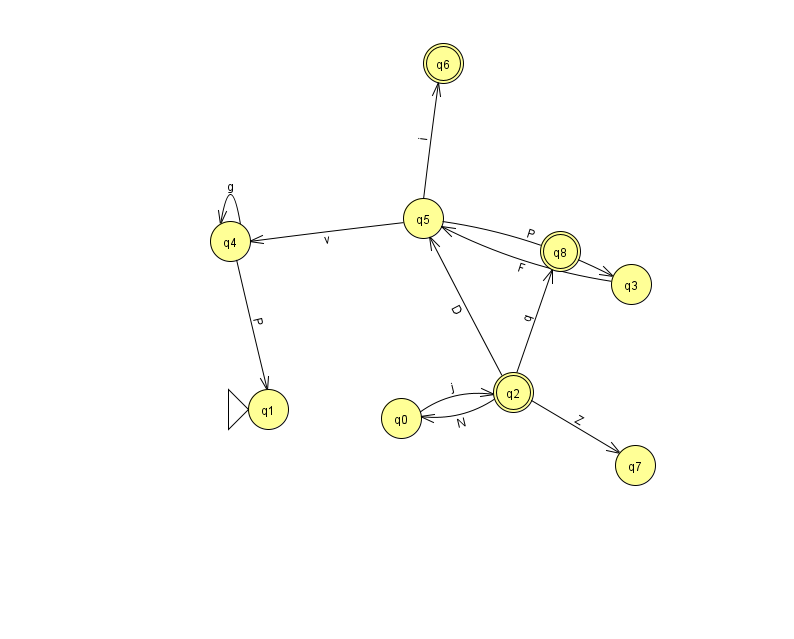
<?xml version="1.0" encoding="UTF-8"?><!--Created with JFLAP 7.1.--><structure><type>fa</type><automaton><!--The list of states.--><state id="0" name="q0"><x>401.0</x><y>405.0</y></state><state id="1" name="q1"><x>268.0</x><y>396.0</y><initial/></state><state id="2" name="q2"><x>513.0</x><y>379.0</y><final/></state><state id="3" name="q3"><x>631.0</x><y>271.0</y></state><state id="4" name="q4"><x>230.0</x><y>228.0</y></state><state id="5" name="q5"><x>423.0</x><y>205.0</y></state><state id="6" name="q6"><x>443.0</x><y>50.0</y><final/></state><state id="7" name="q7"><x>635.0</x><y>452.0</y></state><state id="8" name="q8"><x>560.0</x><y>238.0</y><final/></state><!--The list of transitions.--><transition><from>2</from><to>8</to><read>q</read></transition><transition><from>2</from><to>0</to><read>N</read></transition><transition><from>2</from><to>5</to><read>D</read></transition><transition><from>0</from><to>2</to><read>j</read></transition><transition><from>4</from><to>4</to><read>g</read></transition><transition><from>5</from><to>4</to><read>v</read></transition><transition><from>5</from><to>3</to><read>P</read></transition><transition><from>5</from><to>6</to><read>i</read></transition><transition><from>2</from><to>7</to><read>Z</read></transition><transition><from>4</from><to>1</to><read>P</read></transition><transition><from>3</from><to>5</to><read>F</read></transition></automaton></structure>